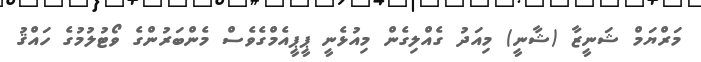
މަރްޔަމް ޝަނީޒާ (ޝާނީ) މިއަދު ގެއްލިގެން މިއުޅެނީ ޕީޕީއެމްގެވެސް މެންބަރުންގެ ވޯޓުލުމުގެ ހައްޤު